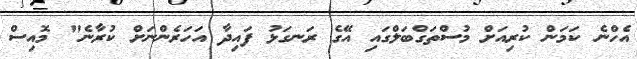
އެހްނެ ކަމަން ކުރިއަށް މުސްތަގްބަލްގައި އޭގެ ރަނގަޅު ފައިދާ އަހަރެންނަށް ކުރާނެ" މޮއިސް